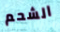
الشحم